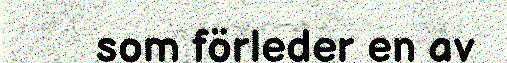
som förleder en av